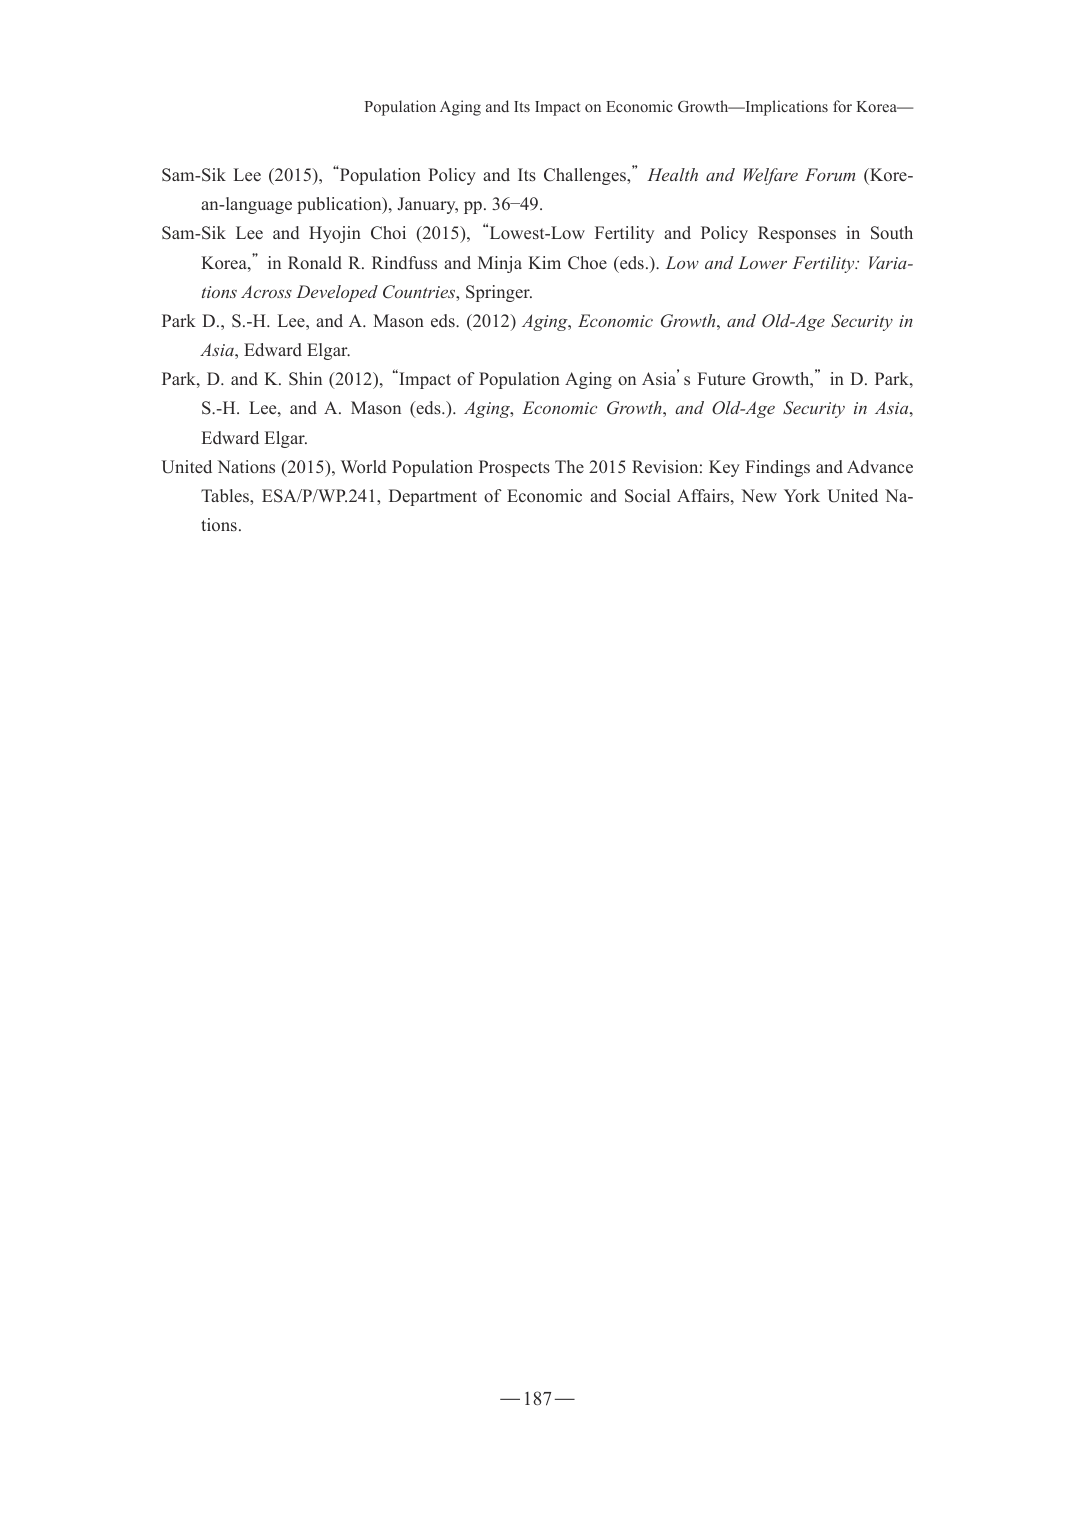
Population Aging and Its Impact on Economic Growth—Implications for Korea—

Sam-Sik Lee (2015), “Population Policy and Its Challenges,” Health and Welfare Forum (Korean-language publication), January, pp. 36–49.

Sam-Sik Lee and Hyojin Choi (2015), “Lowest-Low Fertility and Policy Responses in South Korea,” in Ronald R. Rindfuss and Minja Kim Choe (eds.). Low and Lower Fertility: Variations Across Developed Countries, Springer.

Park D., S.-H. Lee, and A. Mason eds. (2012) Aging, Economic Growth, and Old-Age Security in Asia, Edward Elgar.

Park, D. and K. Shin (2012), “Impact of Population Aging on Asia’s Future Growth,” in D. Park, S.-H. Lee, and A. Mason (eds.). Aging, Economic Growth, and Old-Age Security in Asia, Edward Elgar.

United Nations (2015), World Population Prospects The 2015 Revision: Key Findings and Advance Tables, ESA/P/WP.241, Department of Economic and Social Affairs, New York United Nations.

— 187 —